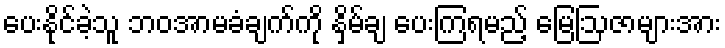
ပေးနိုင်ခဲ့သူ ဘဝအာမခံချက်ကို နှိမ်ချ ပေးကြရမည့် မြေဩဇာများအား